Annual report of the Punjab Veterinary College and of the Civil Veterinary Department, Punjab - 1894-1908
Year: 1894
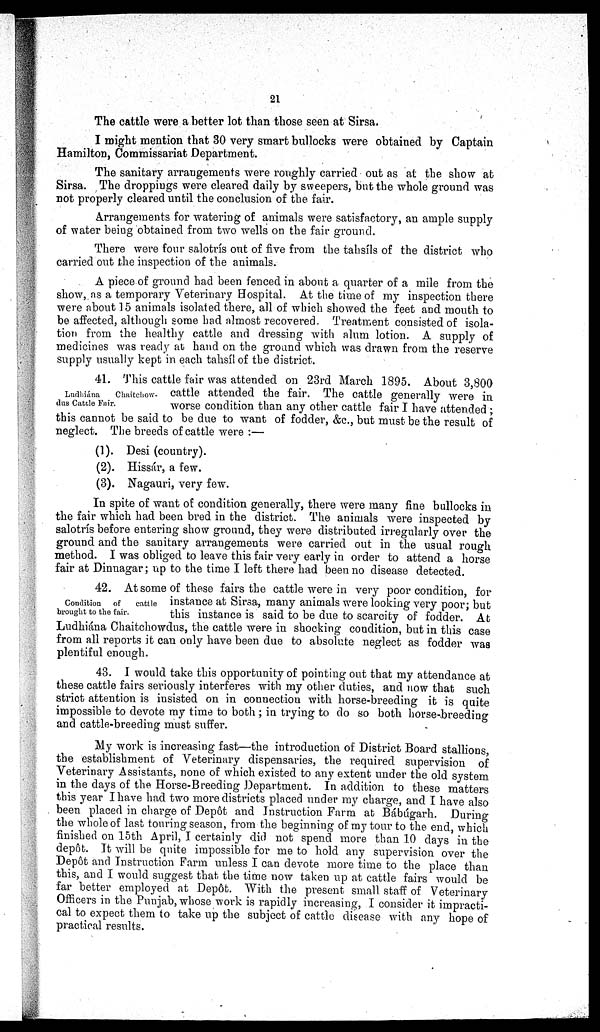
21
The cattle were a better lot than those seen at Sirsa.
I might mention that 30 very smart bullocks were obtained by Captain
Hamilton, Commissariat Department.
The sanitary arrangements were roughly carried out as at the show at
Sirsa. The droppings were cleared daily by sweepers, but the whole ground was
not properly cleared until the conclusion of the fair.
Arrangements for watering of animals were satisfactory, an ample supply
of water being obtained from two wells on the fair ground.
There were four salotrís out of five from the tahsíls of the district who
carried out the inspection of the animals.
A piece of ground had been fenced in about a quarter of a mile from the
show, as a temporary Veterinary Hospital. At the time of my inspection there
were about 15 animals isolated there, all of which showed the feet and mouth to
be affected, although some had almost recovered. Treatment consisted of isola-
tion from the healthy cattle and dressing with alum lotion. A supply of
medicines was ready at hand on the ground which was drawn from the reserve
supply usually kept in each tahsíl of the district.
Lndhiána
Chaitchow-
dus Cattle Fair.
41. This cattle fair was attended on 23rd March 1895. About 3,800
cattle attended the fair. The cattle generally were in
worse condition than any other cattle fair I have attended;
this cannot be said to be due to want of fodder, &c., but must be the result of
neglect. The breeds of cattle were:—
(1). Desi (country).
(2). Hissár, a few.
(3). Nagauri, very few.
In spite of want of condition generally, there were many fine bullocks in
the fair which had been bred in the district. The animals were inspected by
salotrís before entering show ground, they were distributed irregularly over the
ground and the sanitary arrangements were carried out in the usual rough
method. I was obliged to leave this fair very early in order to attend a horse
fair at Dinnagar; up to the time I left there had been no disease detected.
Condition
of
cattle
brought to the fair.
42. At some of these fairs the cattle were in very poor condition, for
instance at Sirsa, many animals were looking very poor; but
this instance is said to be due to scarcity of fodder. At
Ludhiána Chaitchowdus, the cattle were in shocking condition, but in this case
from all reports it can only have been due to absolute neglect as fodder was
plentiful enough.
43. I would take this opportunity of pointing out that my attendance at
these cattle fairs seriously interferes with my other duties, and now that such
strict attention is insisted on in connection with horse-breeding it is quite
impossible to devote my time to both; in trying to do so both horse-breeding
and cattle-breeding must suffer.
My work is increasing fast—the introduction of District Board stallions,
the establishment of Veterinary dispensaries, the required supervision of
Veterinary Assistants, none of which existed to any extent under the old system
in the days of the Horse-Breeding Department. In addition to these matters
this year I have had two more districts placed under my charge, and I have also
been placed in charge of Depôt and Instruction Farm at Bábúgarh. During
the whole of last touring season, from the beginning of my tour to the end, which
finished on 15th April, I certainly did not spend more than 10 days in the
depôt. It will be quite impossible for me to hold any supervision over the
Depôt and Instruction Farm unless I can devote more time to the place than
this, and I would suggest that the time now taken up at cattle fairs would be
far better employed at Depôt. With the present small staff of Veterinary
Officers in the Punjab, whose work is rapidly increasing, I consider it impracti-
cal to expect them to take up the subject of cattle disease with any hope of
practical results.